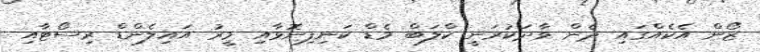
ޒޯން އެކެއްގައި ދެން ވާދަކުރަނީ ކްލަބް މެޑް ކަނިފިނޮޅާއި މީރު އައިލެންޑް ރިސޯޓާއި